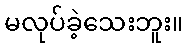
မလုပ်ခဲ့သေးဘူး။